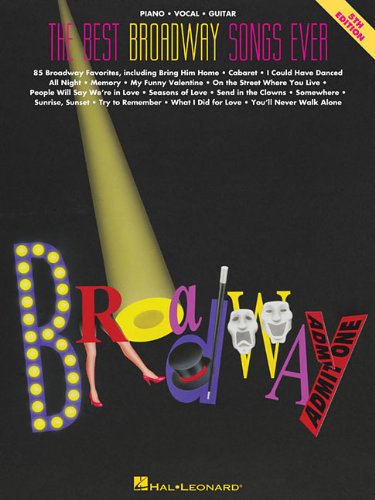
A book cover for The Best Broadway Songs Ever (The Best Ever Series); Humor & Entertainment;